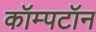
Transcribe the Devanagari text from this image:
कॉम्पटॉन